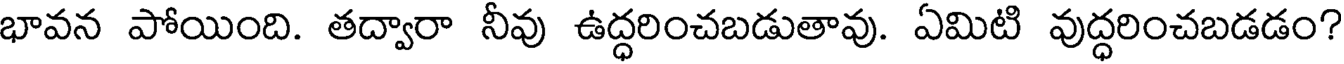
భావన పోయింది. తద్వారా నీవు ఉద్ధరించబడుతావు. ఏమిటి వుద్ధరించబడడం?